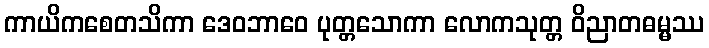
ကာယိကစေတသိကာ ဒေဝဘာဝေ ပုတ္တသောကာ လောကသုတ္တ ဝိညာတဓမ္မဿ